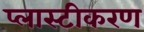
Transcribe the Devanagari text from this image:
प्लास्टीकरण